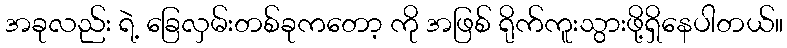
အခုလည်း ရဲ့ ခြေလှမ်းတစ်ခုကတော့ ကို အဖြစ် ရိုက်ကူးသွားဖို့ရှိနေပါတယ်။